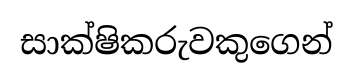
සාක්ෂිකරුවකුගෙන්